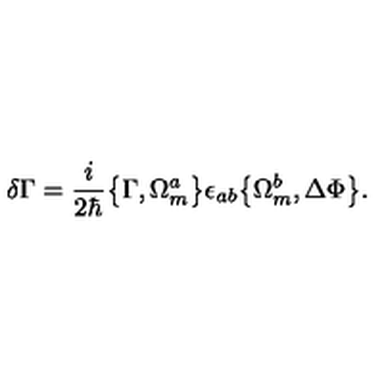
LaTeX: \delta \Gamma = \frac { i } { 2 \hbar } \bigl \{ \Gamma , \Omega _ { m } ^ { a } \bigr \} \epsilon _ { a b } \bigl \{ \Omega _ { m } ^ { b } , \Delta \Phi \bigr \} .